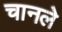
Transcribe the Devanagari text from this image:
चानले